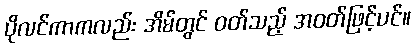
ပိုလင်ကာကလည်း အိမ်တွင် ဝတ်သည့် အဝတ်ဖြင့်ပင်။